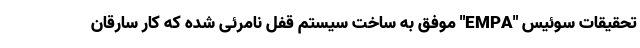
تحقیقات سوئیس "EMPA" موفق به ساخت سیستم قفل نامرئی شده که کار سارقان